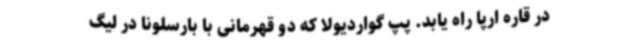
در قاره ارپا راه یابد. پپ گواردیولا که دو قهرمانی با بارسلونا در لیگ